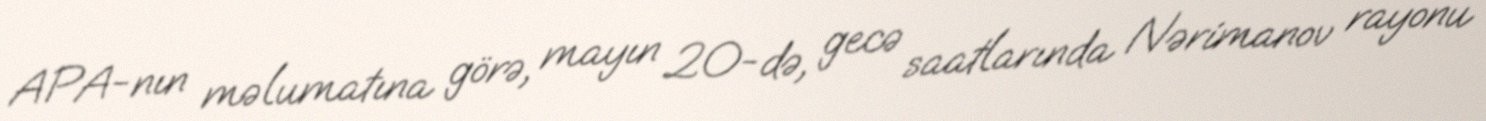
APA-nın məlumatına görə, mayın 20-də, gecə saatlarında Nərimanov rayonu